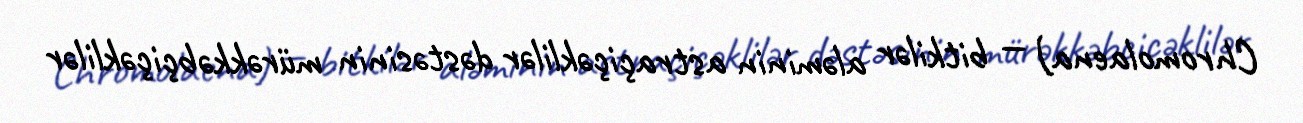
Chromolaena) — bitkilər aləminin astraçiçəklilər dəstəsinin mürəkkəbçiçəklilər